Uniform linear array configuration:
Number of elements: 12
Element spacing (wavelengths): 0.5
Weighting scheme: kaiser
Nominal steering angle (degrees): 30
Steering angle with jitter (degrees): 31.144
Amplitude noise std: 0.05
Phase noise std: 0.05

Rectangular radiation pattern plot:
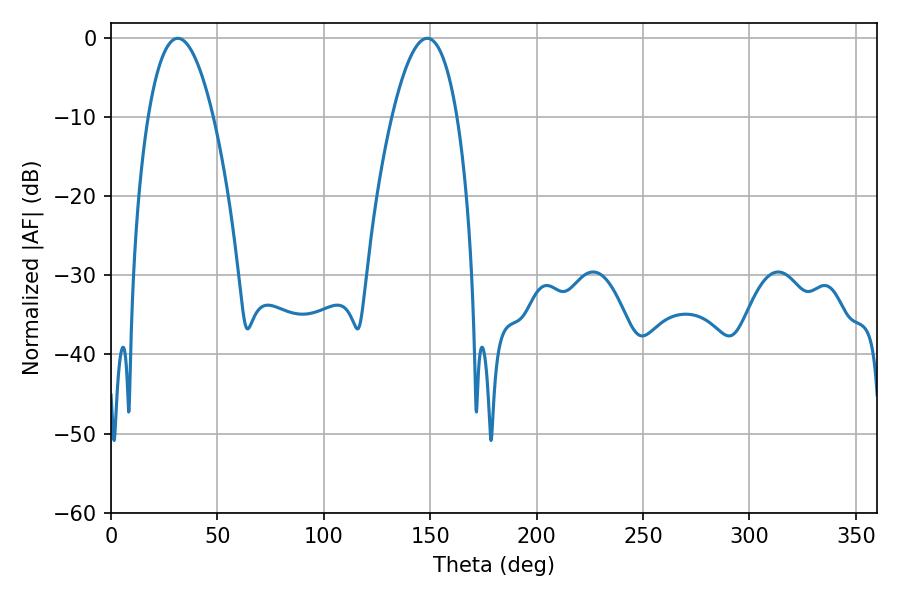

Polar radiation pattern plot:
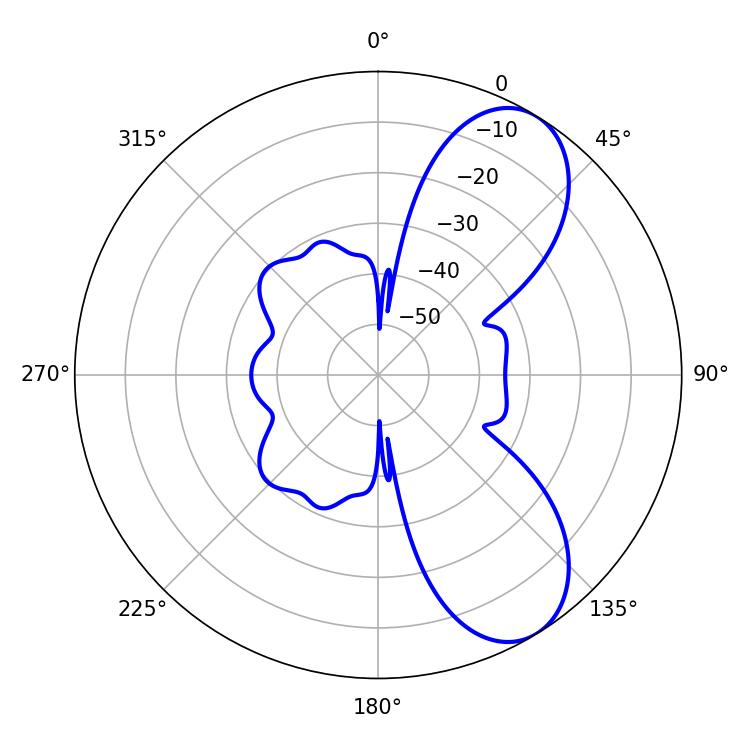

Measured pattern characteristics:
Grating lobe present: FALSE
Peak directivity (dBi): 7.785
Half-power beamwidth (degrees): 16.92
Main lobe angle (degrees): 31.32